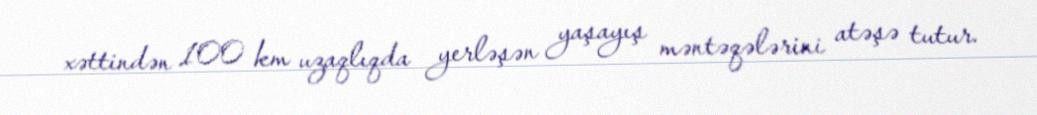
xəttindən 100 km uzaqlıqda yerləşən yaşayış məntəqələrini atəşə tutur.